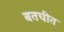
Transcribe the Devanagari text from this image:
बतचीत